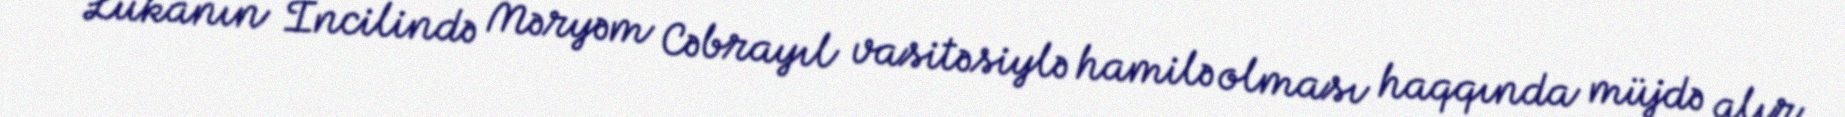
Lukanın İncilində Məryəm Cəbrayıl vasitəsiylə hamilə olması haqqında müjdə alır